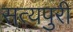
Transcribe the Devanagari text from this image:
सत्यपुरी